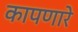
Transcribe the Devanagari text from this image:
कापणारे